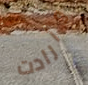
وأرادت